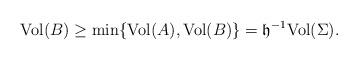
LaTeX: \begin{align*}{\rm Vol} (B )\geq \min\{{\rm Vol} (A ),{\rm Vol} (B )\}=\mathfrak h^{-1} {\rm Vol} (\Sigma ).\end{align*}